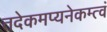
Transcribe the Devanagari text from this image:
तदेकमप्यनेकम्त्वं